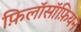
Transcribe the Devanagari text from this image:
फ़िलॉसॉफ़ियन